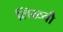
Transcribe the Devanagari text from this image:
लिख्यौ